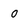
Character: 0